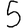
Digit: 5